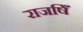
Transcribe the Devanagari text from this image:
राजषिँ